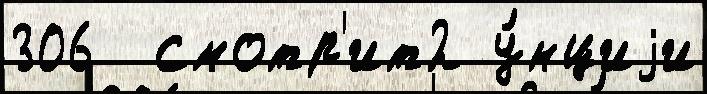
306  смотр'ит2 у́нциjи